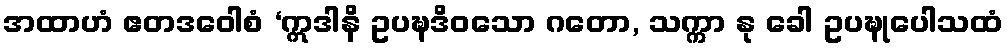
အထာဟံ ဧတဒဝေါစံ ‘ဣဒါနိ ဥပဍ္ဎဒိဝသော ဂတော, သက္ကာ နု ခေါ ဥပဍ္ဎုပေါသထံ